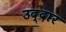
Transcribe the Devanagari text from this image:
उद्दार